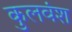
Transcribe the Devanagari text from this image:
कुलवंश